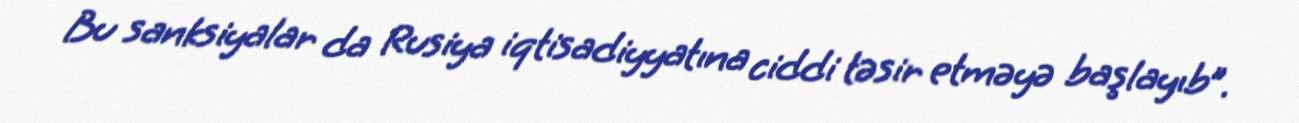
Bu sanksiyalar da Rusiya iqtisadiyyatına ciddi təsir etməyə başlayıb”.